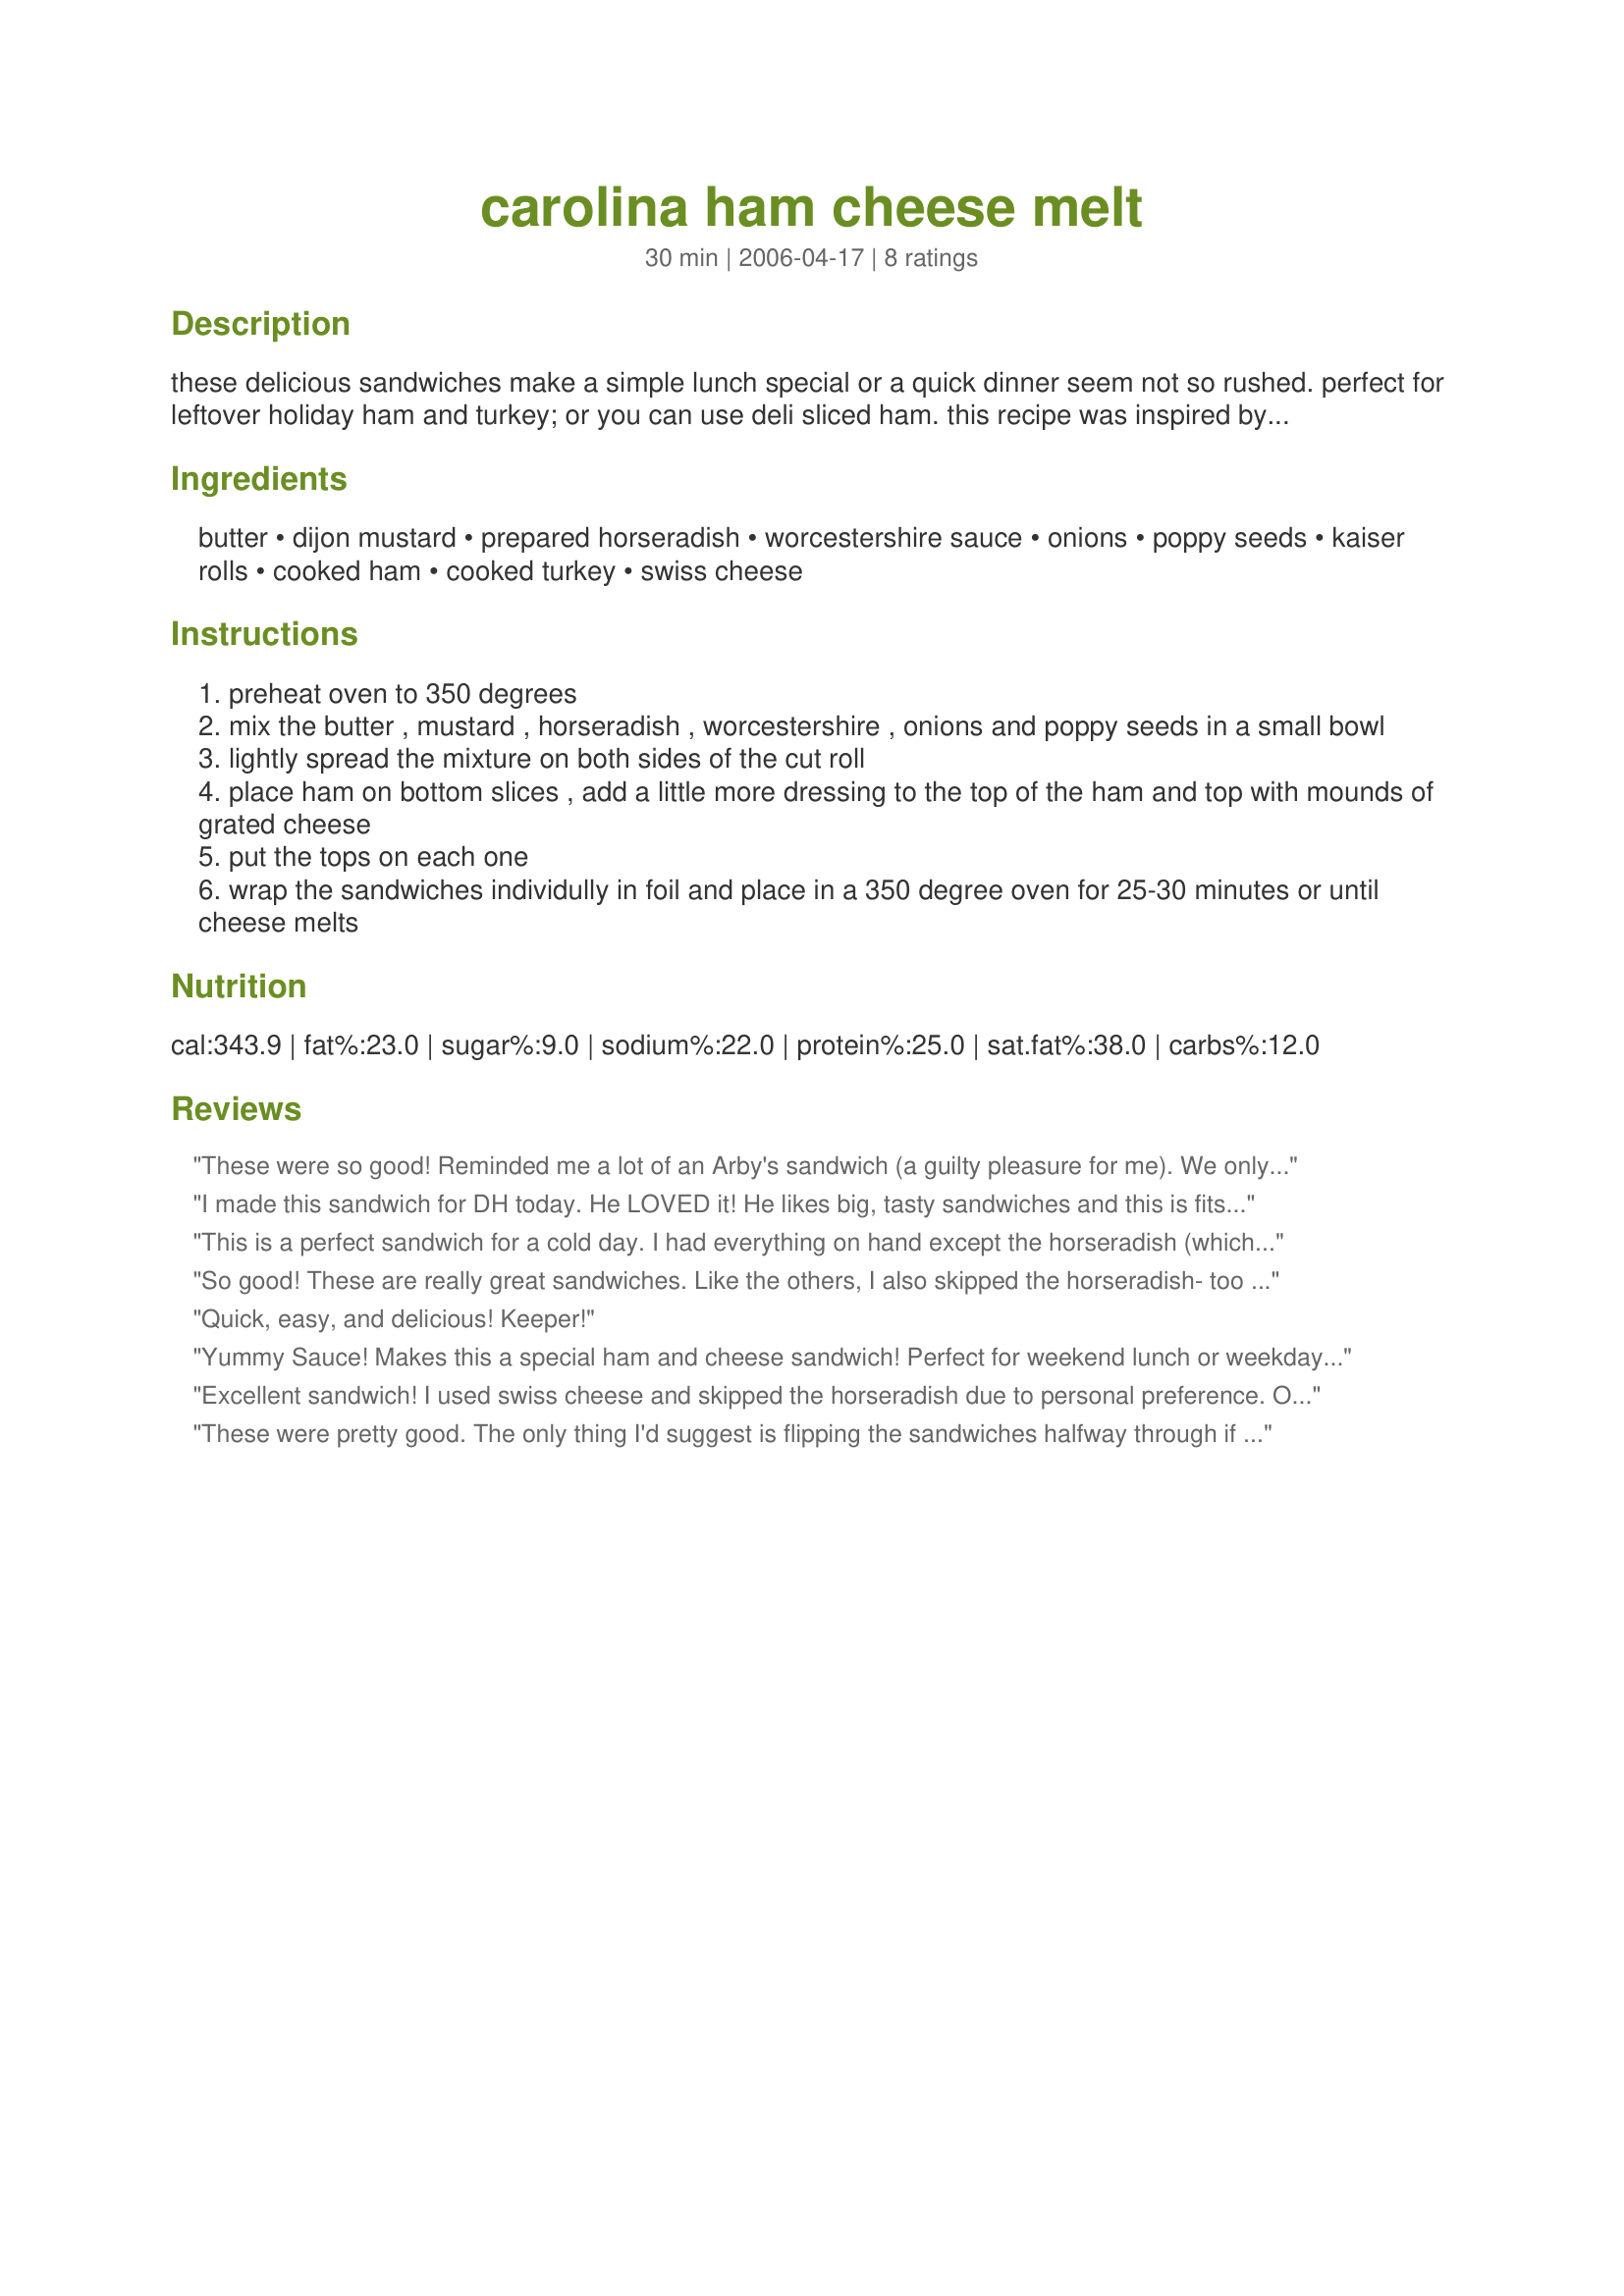
carolina ham cheese melt
Preparation time: 30 minutes

these delicious sandwiches make a simple lunch special or a quick dinner seem not so rushed. perfect for leftover holiday ham and turkey; or you can use deli sliced ham. this recipe was inspired by a beautiful cool spring evening and left over easter ham. our 4 year old loved his - i used a mayo and mustard combo for his. goes well with a fresh garden salad, oven fries and a nice bottle of california white bordeaux.

Ingredients:
butter, dijon mustard, prepared horseradish, worcestershire sauce, onions, poppy seeds, kaiser rolls, cooked ham, cooked turkey, swiss cheese

Steps:
preheat oven to 350 degrees
mix the butter , mustard , horseradish , worcestershire , onions and poppy seeds in a small bowl
lightly spread the mixture on both sides of the cut roll
place ham on bottom slices , add a little more dressing to the top of the ham and top with mounds of grated cheese
put the tops on each one
wrap the sandwiches individully in foil and place in a 350 degree oven for 25-30 minutes or until cheese melts

Reviews:
These were so good! Reminded me a lot of an Arby's sandwich (a guilty pleasure for me). We only used the dijon & butter on the rolls. Made extra for lunch the next day - great idea!!! Perfect "rescue" dinner for a busy night!
I made this sandwich for DH today. He LOVED it! He likes big, tasty sandwiches and this is fits that category. The dressing is wonderful. The only thing I left out was the poppy seeds. I used swiss AND cheddar. Fabulous! Thanx for a great lunch. I'll be repeating this one.
This is a perfect sandwich for a cold day. I had everything on hand except the horseradish (which DH wouldn't eat anyway). I made one and he ended up eating both halves (this is a true compliment!). I'll admitt to cheating as I didn't want to wait out the oven time. I put the ham on bottom bun amd turkey on the top, sprinkled both with cheese and slid them under the broiler to melt the cheese. The top and bottom stuck together very well. I did get a couple of bites and this is delish! (it's ok, I also made soup for me and told him that if he didn't care for the sandwich I would take half of it)
So good! These are really great sandwiches. Like the others, I also skipped the horseradish- too strong a taste for me =) THANKS for posting!
Quick, easy, and delicious! Keeper!
Yummy Sauce! Makes this a special ham and cheese sandwich! Perfect for weekend lunch or weekday dinner.
Excellent sandwich! I used swiss cheese and skipped the horseradish due to personal preference. Other than that, made exactly as is and it was delicious!
These were pretty good. The only thing I'd suggest is flipping the sandwiches halfway through if you use french or sourdough bread for a more even browning on both sides. Thanks!
